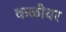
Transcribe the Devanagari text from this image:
कळीवर